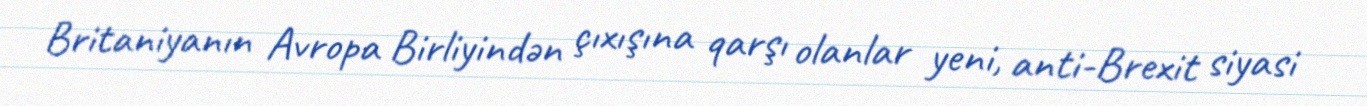
Britaniyanın Avropa Birliyindən çıxışına qarşı olanlar yeni, anti-Brexit siyasi